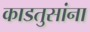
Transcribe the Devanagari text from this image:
काडतुसांना